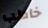
خاطب